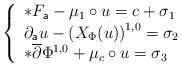
LaTeX: \begin{align*} \left\{ \begin{array}{lcl} \ast F_{\mathsf{a}} - \mu_{1}\circ u = c + \sigma_{1} \\ \partial_{\mathsf{a}}u - \left(X_{\Phi}(u)\right)^{1,0}= \sigma_{2} \\ \ast\overline{\partial}\Phi^{1,0} + \mu_{c}\circ u = \sigma_{3} \end{array} \right.\end{align*}